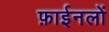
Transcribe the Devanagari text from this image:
फ़ाईनलों